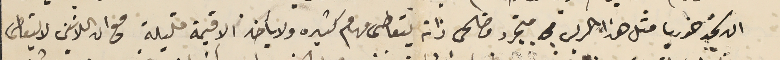
ان نجد خوريا مثل هذا الريس متجرد وضحى ذاته يتعاطى مهام كثيره ولا يأخذ الا قيمة قليلة مع ان اللاتنن لا يتعاطى